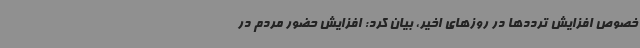
خصوص افزایش ترددها در روزهای اخیر، بیان کرد: افزایش حضور مردم در